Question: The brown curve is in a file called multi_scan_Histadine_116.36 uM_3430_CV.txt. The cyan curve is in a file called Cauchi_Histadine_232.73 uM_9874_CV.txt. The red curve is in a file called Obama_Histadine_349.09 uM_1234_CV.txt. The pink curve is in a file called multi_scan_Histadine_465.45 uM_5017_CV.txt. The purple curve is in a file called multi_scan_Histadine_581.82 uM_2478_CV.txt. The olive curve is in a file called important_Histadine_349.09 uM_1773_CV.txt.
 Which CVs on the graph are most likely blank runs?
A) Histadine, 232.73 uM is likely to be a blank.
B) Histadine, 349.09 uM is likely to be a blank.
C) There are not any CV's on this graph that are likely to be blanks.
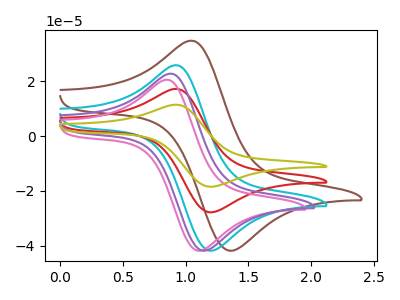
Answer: <think>The brown curve "Histadine, 116.36 uM" has an anodic peak at (1.05V, 34.60uA) and a cathodic peak at (1.35V, -41.90uA). The cyan curve "Histadine, 232.73 uM" has an anodic peak at (0.95V, 25.70uA) and a cathodic peak at (1.20V, -41.90uA). The red curve "Histadine, 349.09 uM" has an anodic peak at (0.95V, 17.10uA) and a cathodic peak at (1.20V, -27.85uA). The pink curve "Histadine, 465.45 uM" has an anodic peak at (0.85V, 20.40uA) and a cathodic peak at (1.10V, -41.90uA). The purple curve "Histadine, 581.82 uM" has an anodic peak at (0.90V, 22.60uA) and a cathodic peak at (1.15V, -41.90uA). The olive curve "Histadine, 349.09 uM" has an anodic peak at (0.95V, 34.15uA) and a cathodic peak at (1.20V, -55.70uA).</think>
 <answer>C) There are not any CV's on this graph that are likely to be blanks.</answer>
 <eval>C</eval>